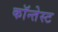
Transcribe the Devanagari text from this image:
कॉन्तेस्ट